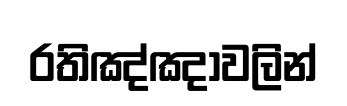
රතිඤ්ඤාවලින්